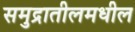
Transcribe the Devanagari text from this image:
समुद्रातीलमधील